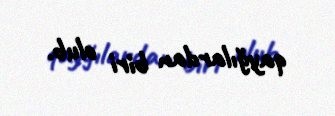
qayğılardan biri olub.